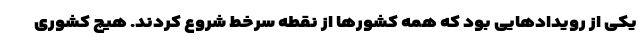
یکی از رویدادهایی بود که همه کشورها از نقطه سرخط شروع کردند. هیچ کشوری